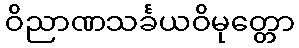
ဝိညာဏသင်္ခယဝိမုတ္တော